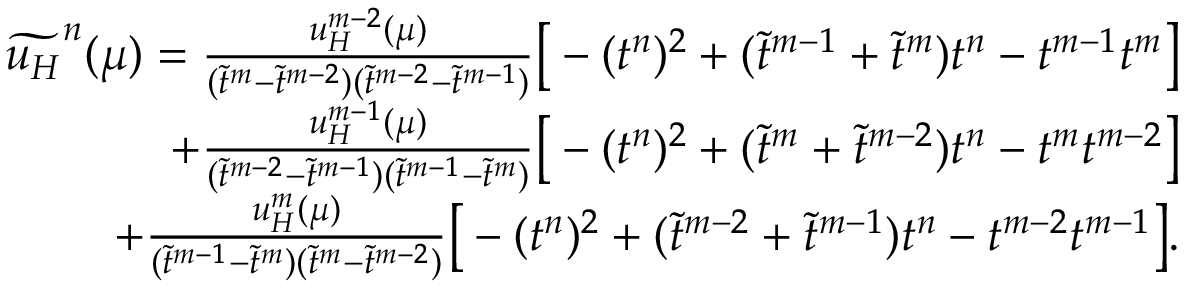
\begin{array} { r } { \widetilde { u _ { H } } ^ { n } ( \mu ) = \frac { u _ { H } ^ { m - 2 } ( \mu ) } { ( \widetilde { t } ^ { m } - \widetilde { t } ^ { m - 2 } ) ( \widetilde { t } ^ { m - 2 } - \widetilde { t } ^ { m - 1 } ) } \big [ - ( t ^ { n } ) ^ { 2 } + ( \widetilde { t } ^ { m - 1 } + \widetilde { t } ^ { m } ) t ^ { n } - t ^ { m - 1 } t ^ { m } \big ] } \\ { + \frac { u _ { H } ^ { m - 1 } ( \mu ) } { ( \widetilde { t } ^ { m - 2 } - \widetilde { t } ^ { m - 1 } ) ( \widetilde { t } ^ { m - 1 } - \widetilde { t } ^ { m } ) } \big [ - ( t ^ { n } ) ^ { 2 } + ( \widetilde { t } ^ { m } + \widetilde { t } ^ { m - 2 } ) t ^ { n } - t ^ { m } t ^ { m - 2 } \big ] } \\ { + \frac { u _ { H } ^ { m } ( \mu ) } { ( \widetilde { t } ^ { m - 1 } - \widetilde { t } ^ { m } ) ( \widetilde { t } ^ { m } - \widetilde { t } ^ { m - 2 } ) } \big [ - ( t ^ { n } ) ^ { 2 } + ( \widetilde { t } ^ { m - 2 } + \widetilde { t } ^ { m - 1 } ) t ^ { n } - t ^ { m - 2 } t ^ { m - 1 } \big ] . } \end{array}